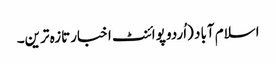
اسلام آباد (اُردو پوائنٹ اخبارتازہ ترین۔